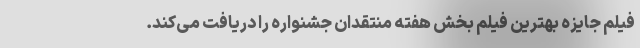
فیلم جایزه بهترین فیلم بخش هفته منتقدان جشنواره را دریافت می‌کند.